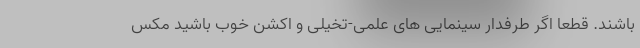
باشند. قطعا اگر طرفدار سینمایی های علمی-تخیلی و اکشن خوب باشید مکس